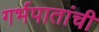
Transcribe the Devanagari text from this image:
गर्भपातांची